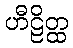
ဟီဠိတ္ထ